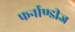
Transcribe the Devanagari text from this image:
फर्नाण्डीज